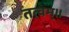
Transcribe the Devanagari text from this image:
तत्वम्।।